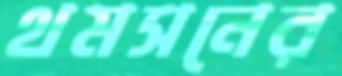
থমসনের